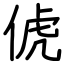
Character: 俿